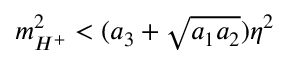
m _ { H ^ { + } } ^ { 2 } < ( a _ { 3 } + \sqrt { a _ { 1 } a _ { 2 } } ) \eta ^ { 2 }